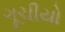
ગૂચીયો